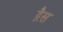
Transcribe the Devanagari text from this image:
द्गैस